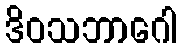
ဒိဝသဘာဂေါ